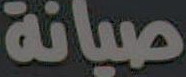
صيانة